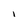
Character: I